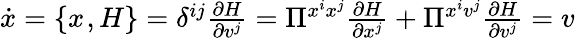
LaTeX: \begin{array}{r}{\dot{x}=\{ x^{},H\} =\delta^{ij}\frac{\partial H}{\partial v^{j}}=\Pi^{x^{i}x^{j}}\frac{\partial H}{\partial x^{j}}+\Pi^{x^{i}v^{j}}\frac{\partial H}{\partial v^{j}}=v^{}}\end{array}